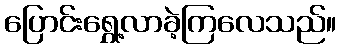
ပြောင်းရွှေ့လာခဲ့ကြလေသည်။